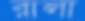
রালা